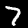
Digit: 7